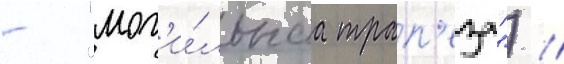
- "мог'и́льнаа трап'еза") //